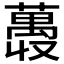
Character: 𫉨